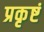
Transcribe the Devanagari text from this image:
प्रकृष्टं